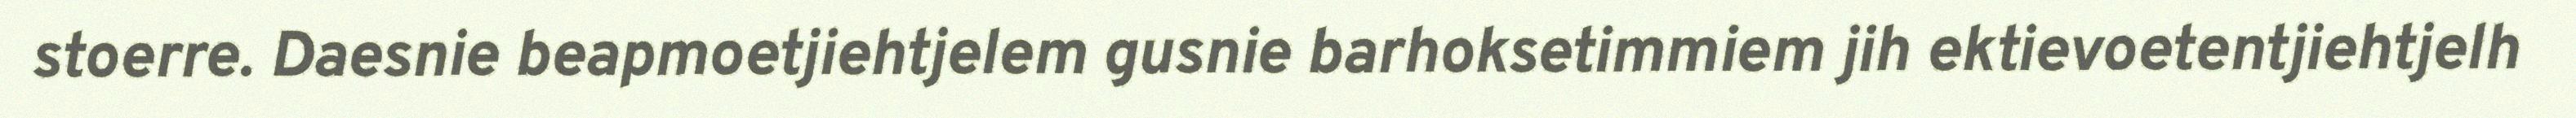
stoerre. Daesnie beapmoetjiehtjelem gusnie barhoksetimmiem jih ektievoetentjiehtjelh